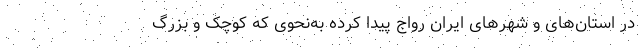
در استان‌های و شهرهای ایران رواج پیدا کرده به‌نحوی که کوچک و بزرگ